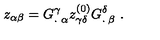
z _ { \alpha \beta } = { G _ { . } ^ { \gamma } } _ { \alpha } z _ { \gamma \delta } ^ { ( 0 ) } { G _ { . } ^ { \delta } } _ { \beta } \ .